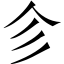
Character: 㐱